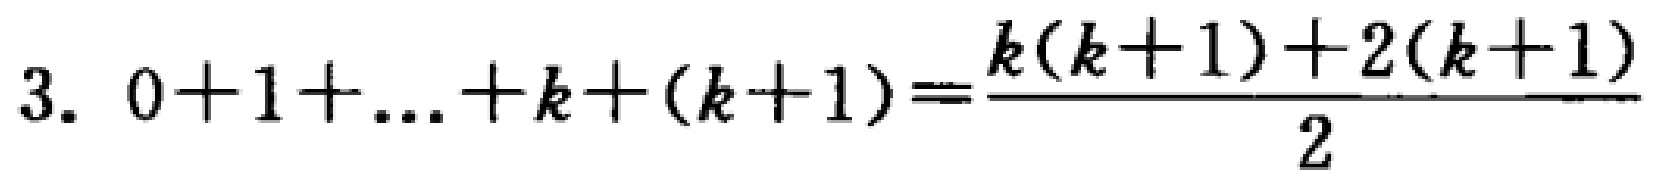
\[3.\ 0 + 1+\ldots + k+(k + 1)=\frac{k(k + 1)+2(k + 1)}{2}\]